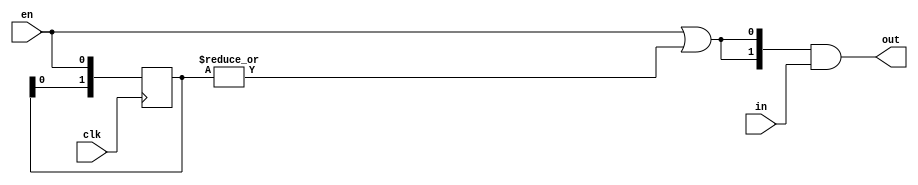
// This program was cloned from: https://github.com/aolofsson/oh
// License: MIT License

//#############################################################################
//# Function: Low power data gate                                             #
//#############################################################################
//# Author:   Andreas Olofsson                                                #
//# License:  MIT (see LICENSE file in OH! repository)                        #
//#############################################################################
//

module oh_datagate
  #(parameter N    = 2,        // number of sync stages
    parameter SYN  = "TRUE",   // synthesizable (or not)
    parameter TYPE = "DEFAULT" // scell type/size
    )
   (
    input 	   clk, // clock
    input 	   en, // data valid
    input [N-1:0]  in, // data input
    output [N-1:0] out // data output
    );

   generate
      if(SYN == "TRUE") begin

	 reg [N-1:0] 	   enable_pipe;
	 wire 		   enable;

	 always @ (posedge clk)
	   enable_pipe[N-1:0] <= {enable_pipe[N-2:0], en};

	 //Mask to 0 if no valid for last N cycles
	 assign enable = en | (|enable_pipe[N-1:0]);

	 assign out[N-1:0] = {(N){enable}} & in[N-1:0];
      end // if (SYN == "TRUE")
      else begin
	 genvar i;
	 for (i=1;i<N;i=i+1) begin
	    asic_datagate  #(.TYPE(TYPE))
	    asic_datagate (// Outputs
			   .out	(out[N-1:0]),
			   // Inputs
			   .clk	(clk),
			   .en	(en),
			   .in	(in[N-1:0]));

	 end
      end
   endgenerate
endmodule